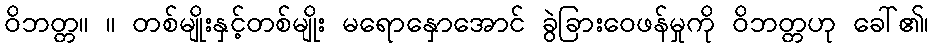
ဝိဘတ္တ။ ။ တစ်မျိုးနှင့်တစ်မျိုး မရောနှောအောင် ခွဲခြားဝေဖန်မှုကို ဝိဘတ္တဟု ခေါ်၏၊